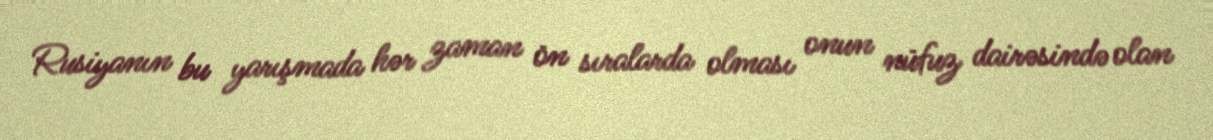
Rusiyanın bu yarışmada hər zaman ön sıralarda olması onun nüfuz dairəsində olan